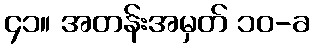
၄၁။ အတန်းအမှတ် ၁၀-ခ